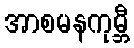
အာစမနကုမ္ဘီ